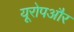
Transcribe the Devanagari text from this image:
यूरोपऔर